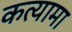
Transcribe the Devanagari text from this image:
कत्यामा